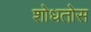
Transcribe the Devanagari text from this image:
शोधतोस